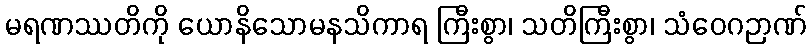
မရဏဿတိကို ယောနိသောမနသိကာရ ကြီးစွာ၊ သတိကြီးစွာ၊ သံဝေဂဉာဏ်